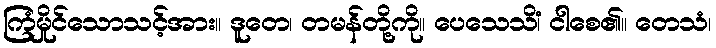
ကြံမှိုင်သောသင့်အား။ ဒူတေ၊ တမန်တို့ကို။ ပေသေသိံ၊ ငါစေ၏။ တေသံ၊